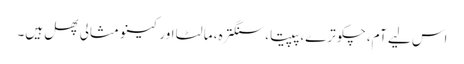
اس لیے آم، چکوترے، پپیتا، سنگترہ، مالٹا اور کینو مثالی پھل ہیں۔